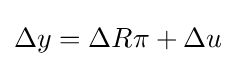
\Delta y=\Delta R\pi +\Delta u